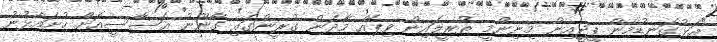
"އަޅުގަނޑުމެން ޕީޖީއިން މިނިންމީ ތުރީލައިން ވިޕެއް މާދަން ގުރީންގައި ގާނޫނު އަސާސީއަށް ހުށައެޅުނު